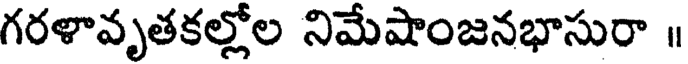
గరళావృతకల్లోల నిమేషాంజనభాసురా ॥